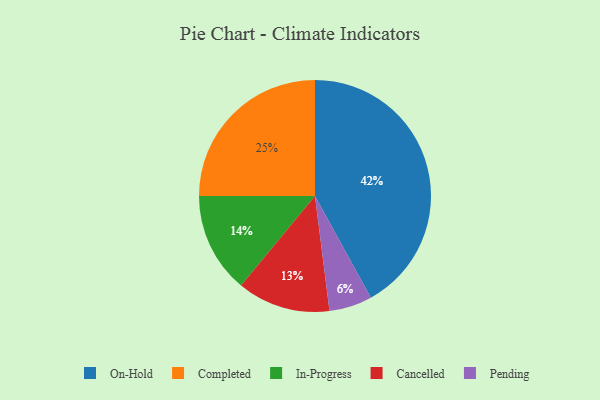
{"axis": {"x": "Category", "y": "Percentage"}, "legend": ["Cancelled", "Completed", "In-Progress", "On-Hold", "Pending"], "data": [{"x": "Cancelled", "y": 13, "type": "Cancelled"}, {"x": "In-Progress", "y": 14, "type": "In-Progress"}, {"x": "On-Hold", "y": 42, "type": "On-Hold"}, {"x": "Completed", "y": 25, "type": "Completed"}, {"x": "Pending", "y": 6, "type": "Pending"}]}